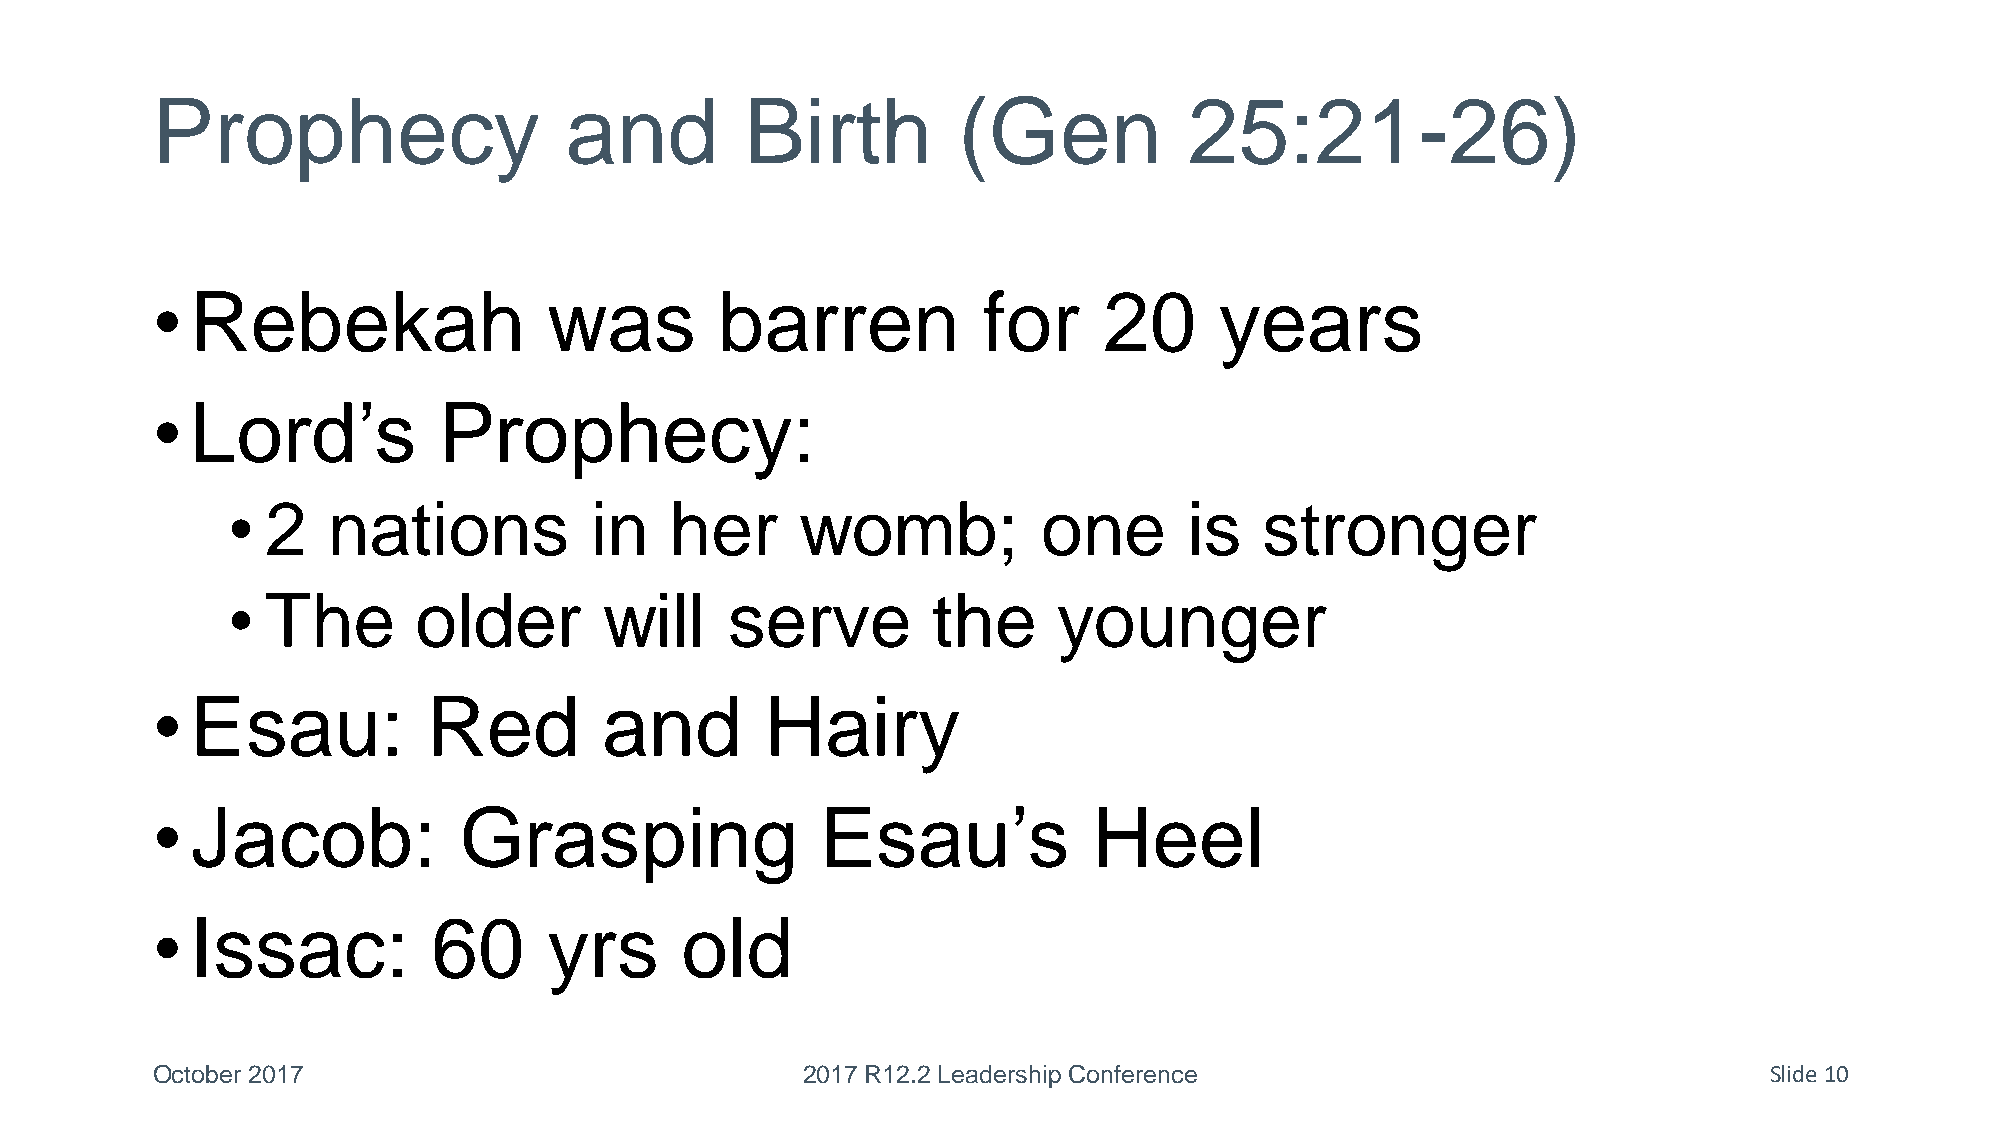
Prophecy                   and         Birth         (Gen            25:21-26)
 •  Rebekah                was         barren           for     20      years
 •  Lord’s          Prophecy:
 •  2   nations          in   her      womb;           one       is   stronger
 •  The      older        will    serve         the     younger
 •  Esau:          Red         and        Hairy
 •  Jacob:           Grasping                Esau’s            Heel
 •  Issac:          60     yrs      old
 October 2017                               2017 R12.2 Leadership Conference                                Slide 10